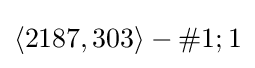
\langle 2187,303\rangle -\#1;1